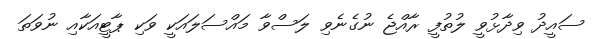
ސައީދު ވިދާޅުވީ ލުތުފީ ރާއްޖެ ނުގެނެވި ލަސްވާ މައްސަލައަކީ ވަކި ޕާޓީއަކާއި ނުވަތަ